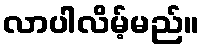
လာပါလိမ့်မည်။